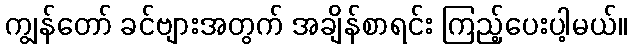
ကျွန်တော် ခင်ဗျားအတွက် အချိန်စာရင်း ကြည့်ပေးပါ့မယ်။